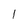
Character: l